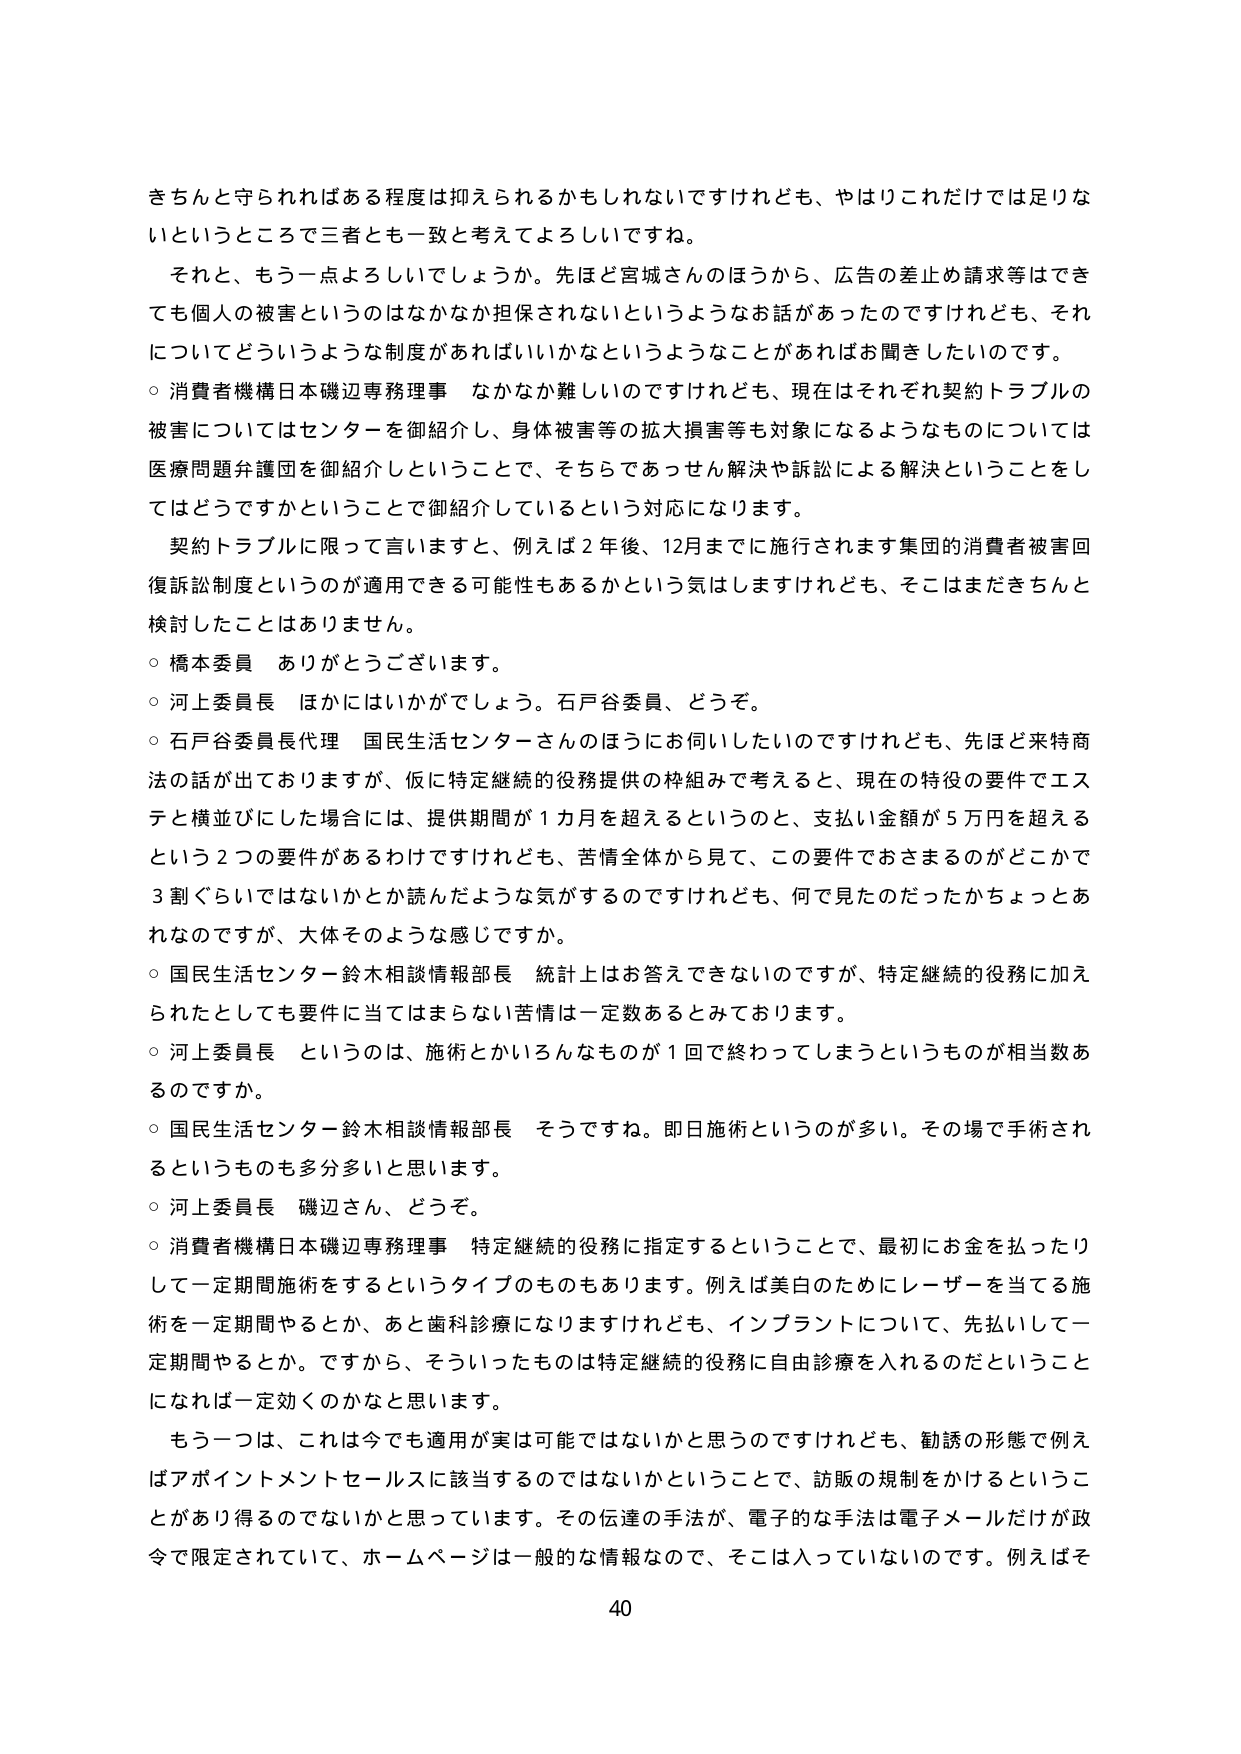
きちんと守られればある程度は抑えられるかもしれないですけれども、やはりこれだけでは足りないというところで三者とも一致と考えてよろしいですね。

それと、もう一点よろしいでしょうか。先ほど宮城さんのほうから、広告の差止め請求等はできても個人の被害というのはなかなか担保されないというようなお話があったのですけれども、それについてどういうような制度があればいいかなというようなことがあればお聞きしたいのです。

○ 消費者機構日本磯辺専務理事　なかなか難しいのですけれども、現在はそれぞれ契約トラブルの被害についてはセンターを御紹介し、身体被害等の拡大損害等も対象になるようなものについては医療問題弁護団を御紹介しということで、そちらであっせん解決や訴訟による解決ということをしてはどうですかということで御紹介しているという対応になります。

契約トラブルに限って言いますと、例えば２年後、12月までに施行されます集団的消費者被害回復訴訟制度というのが適用できる可能性もあるかという気はしますけれども、そこはまだきちんと検討したことはありません。

○ 橋本委員　ありがとうございます。

○ 河上委員長　ほかにはいかがでしょう。石戸谷委員、どうぞ。

○ 石戸谷委員長代理　国民生活センターさんのほうにお伺いしたいのですけれども、先ほど来特商法の話が出ておりますが、仮に特定継続的役務提供の枠組みで考えると、現在の特役の要件でエステと横並びにした場合には、提供期間が１カ月を超えるというのと、支払い金額が５万円を超えるという２つの要件があるわけですけれども、苦情全体から見て、この要件でおさまるのがどこかで３割ぐらいではないかとか読んだような気がするのですけれども、何で見たのだったかちょっとあれなのですが、大体そのような感じですか。

○ 国民生活センター鈴木相談情報部長　統計上はお答えできないのですが、特定継続的役務に加えられたとしても要件に当てはまらない苦情は一定数あるとみております。

○ 河上委員長　というのは、施術とかいろんなものが１回で終わってしまうというものが相当数あるのですか。

○ 国民生活センター鈴木相談情報部長　そうですね。即日施術というのが多い。その場で手術されるというのも多分多いと思います。

○ 河上委員長　磯辺さん、どうぞ。

○ 消費者機構日本磯辺専務理事　特定継続的役務に指定するということで、最初にお金を払ったりして一定期間施術をするというタイプのものもあります。例えば美白のためにレーザーを当てる施術を一定期間やるとか、あと歯科診療になりますけれども、インプラントについて、先払いして一定期間やるとか。ですから、そういったものは特定継続的役務に自由診療を入れるのだということになれば一定効くのかなと思います。

もう一つは、これは今でも適用が実は可能ではないかと思うのですけれども、勧誘の形態で例えばアポイントメントセールスに該当するのではないかということで、訪販の規制をかけるということがあり得るのではないかと思っています。その伝達の手法が、電子的な手法は電子メールだけが政令で限定されていて、ホームページは一般的な情報なので、そこは入っていないのです。例えばそ

40